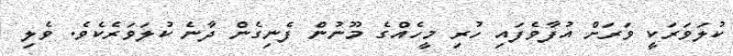
ކުލަވަރަކީ ވަރަށް އުފާވެފައި ހުރި މީހެއްގެ މޫނުން ފެނިގެން ދާނެ ކުލަވަރެކެވެ. ވެލި